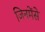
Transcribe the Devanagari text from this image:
जिनमेंसे